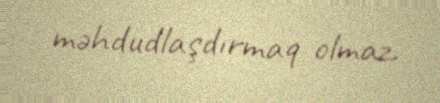
məhdudlaşdırmaq olmaz.